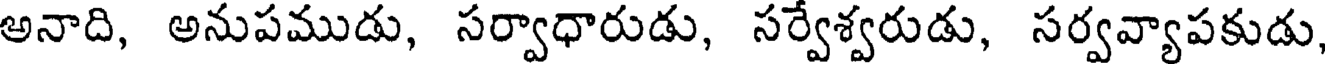
అనాది, అనుపముడు, సర్వాధారుడు, సర్వేశ్వరుడు, సర్వవ్యాపకుడు